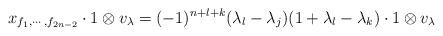
LaTeX: \begin{align*} x_{f_1,\cdots,f_{2n-2}}\cdot 1\otimes v_{\lambda}=(-1)^{n+l+k}(\lambda_l-\lambda_j)(1+\lambda_l-\lambda_k)\cdot 1\otimes v_{\lambda}\end{align*}